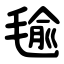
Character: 毺